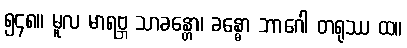
၅၄၈။ မူလ မာရဗ္ဘ သာခန္တော၊ ခန္ဓော ဘာဂေါ တရုဿ ထ။